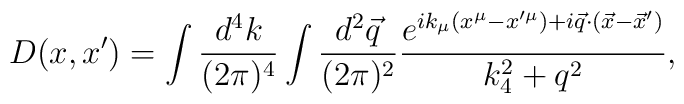
D(x,x') = \int {d^4 k\over (2\pi)^4} \int {d^2 {\vec q}\over (2\pi)^2} {e^{i k_\mu (x^\mu-x'^\mu)+i{\vec q}\cdot ({\vec x}-{\vec x'})}\over k_4^2 + q^2},